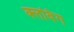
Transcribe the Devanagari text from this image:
क्लबिंग